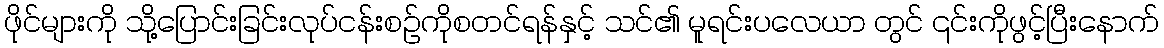
ဖိုင်များကို သို့ပြောင်းခြင်းလုပ်ငန်းစဉ်ကိုစတင်ရန်နှင့် သင်၏ မူရင်းပလေယာ တွင် ၎င်းကိုဖွင့်ပြီးနောက်